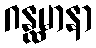
ဂန္ထမာနာ